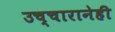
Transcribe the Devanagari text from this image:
उच्चारानेही